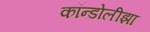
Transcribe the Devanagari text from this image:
कॉन्डोलीझा